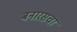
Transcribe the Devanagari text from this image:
बनारसचा